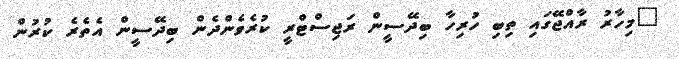
"މިހާރު ރާއްޖޭގައި ތިބި ހުރިހާ ބިދޭސީން ރަޖިސްޓްރީ ކުރެވެންދެން ބިދޭސީން އެތެރެ ކުރުން